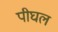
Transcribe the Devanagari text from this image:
पीघल